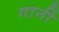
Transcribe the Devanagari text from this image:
गार्नी